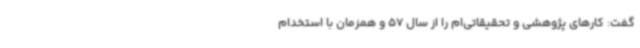
گفت: کارهای پژوهشی و تحقیقاتی‌ام را از سال 57 و همزمان با استخدام